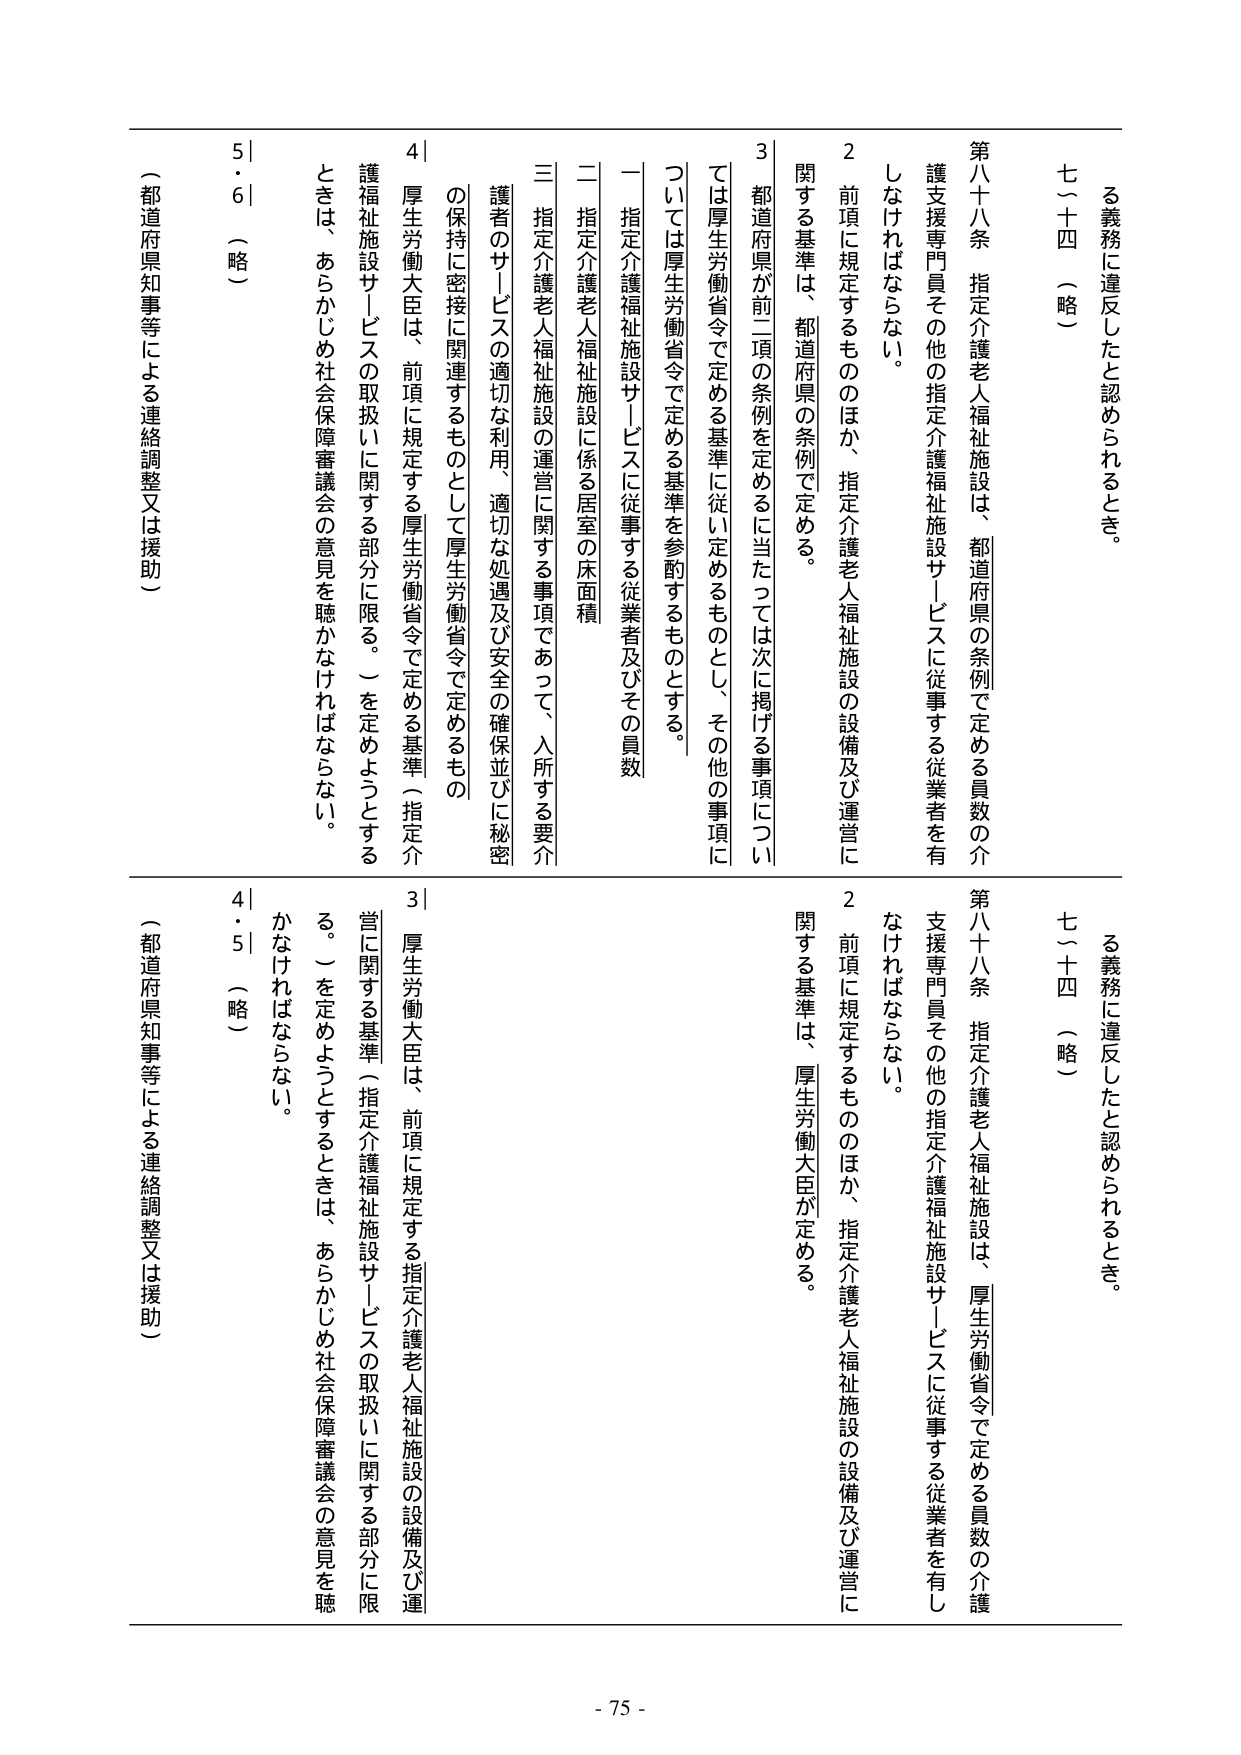
る義務に違反したと認められるとき。
七～十四 （略）

第八十八条 指定介護老人福祉施設は、都道府県の条例で定める員数の介護支援専門員その他の指定介護福祉施設サービスに従事する従業者を有しなければならない。
２ 前項に規定するもののほか、指定介護老人福祉施設の設備及び運営に関する基準は、都道府県の条例で定める。
３ 都道府県が前二項の条例を定めるに当たっては次に掲げる事項については厚生労働省令で定める基準に従い定めるものとし、その他の事項については厚生労働省令で定める基準を参酌するものとする。
一 指定介護福祉施設サービスに従事する従業者及びその員数
二 指定介護老人福祉施設に係る居室の床面積
三 指定介護老人福祉施設の運営に関する事項であって、入所する要介護者のサービスの適切な利用、適切な処遇及び安全の確保並びに秘密の保持に密接に関連するものとして厚生労働省令で定めるもの
４ 厚生労働大臣は、前項に規定する厚生労働省令で定める基準（指定介護福祉施設サービスの取扱いに関する部分に限る。）を定めようとするときは、あらかじめ社会保障審議会の意見を聴かなければならない。
５・６ （略）
（都道府県知事等による連絡調整又は援助）

る義務に違反したと認められるとき。
七～十四 （略）

第八十八条 指定介護老人福祉施設は、厚生労働省令で定める員数の介護支援専門員その他の指定介護福祉施設サービスに従事する従業者を有しなければならない。
２ 前項に規定するもののほか、指定介護老人福祉施設の設備及び運営に関する基準は、厚生労働大臣が定める。
３ 厚生労働大臣は、前項に規定する指定介護老人福祉施設の設備及び運営に関する基準（指定介護福祉施設サービスの取扱いに関する部分に限る。）を定めようとするときは、あらかじめ社会保障審議会の意見を聴かなければならない。
４・５ （略）
（都道府県知事等による連絡調整又は援助）

- 75 -